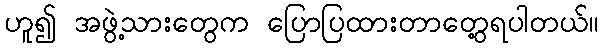
ဟူ၍ အဖွဲ့သားတွေက ပြောပြထားတာတွေ့ရပါတယ်။